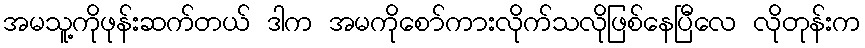
အမသူ့ကိုဖုန်းဆက်တယ် ဒါက အမကိုစော်ကားလိုက်သလိုဖြစ်နေပြီလေ လိုတုန်းက